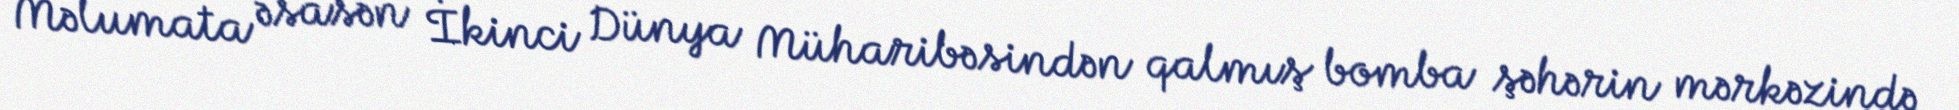
Məlumata əsasən İkinci Dünya Müharibəsindən qalmış bomba şəhərin mərkəzində